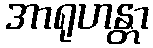
အာရုဟန္တာ